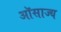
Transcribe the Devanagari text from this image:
ऑसाज्य